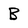
Character: B